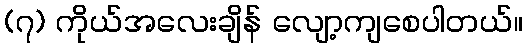
(၇) ကိုယ်အလေးချိန် လျော့ကျစေပါတယ်။